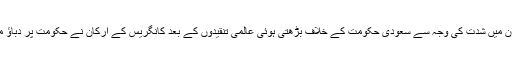
بن سلمان کے مخالف صحافی جمال خاشقجی کے بہیمانہ قتل اور یمن میں انسانی بحران میں شدت کی وجہ سے سعودی حکومت کے خلاف بڑھتی ہوئی عالمی تنقیدوں کے بعد کانگریس کے ارکان نے حکومت پر دباؤ میں اضافہ کر دیا کہ وہ جنگ میں سعودی اتحاد کے ساتھ تعاون کا سلسلہ ختم کر دے۔